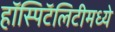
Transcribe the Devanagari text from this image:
हॉस्पिटॅलिटीमध्ये